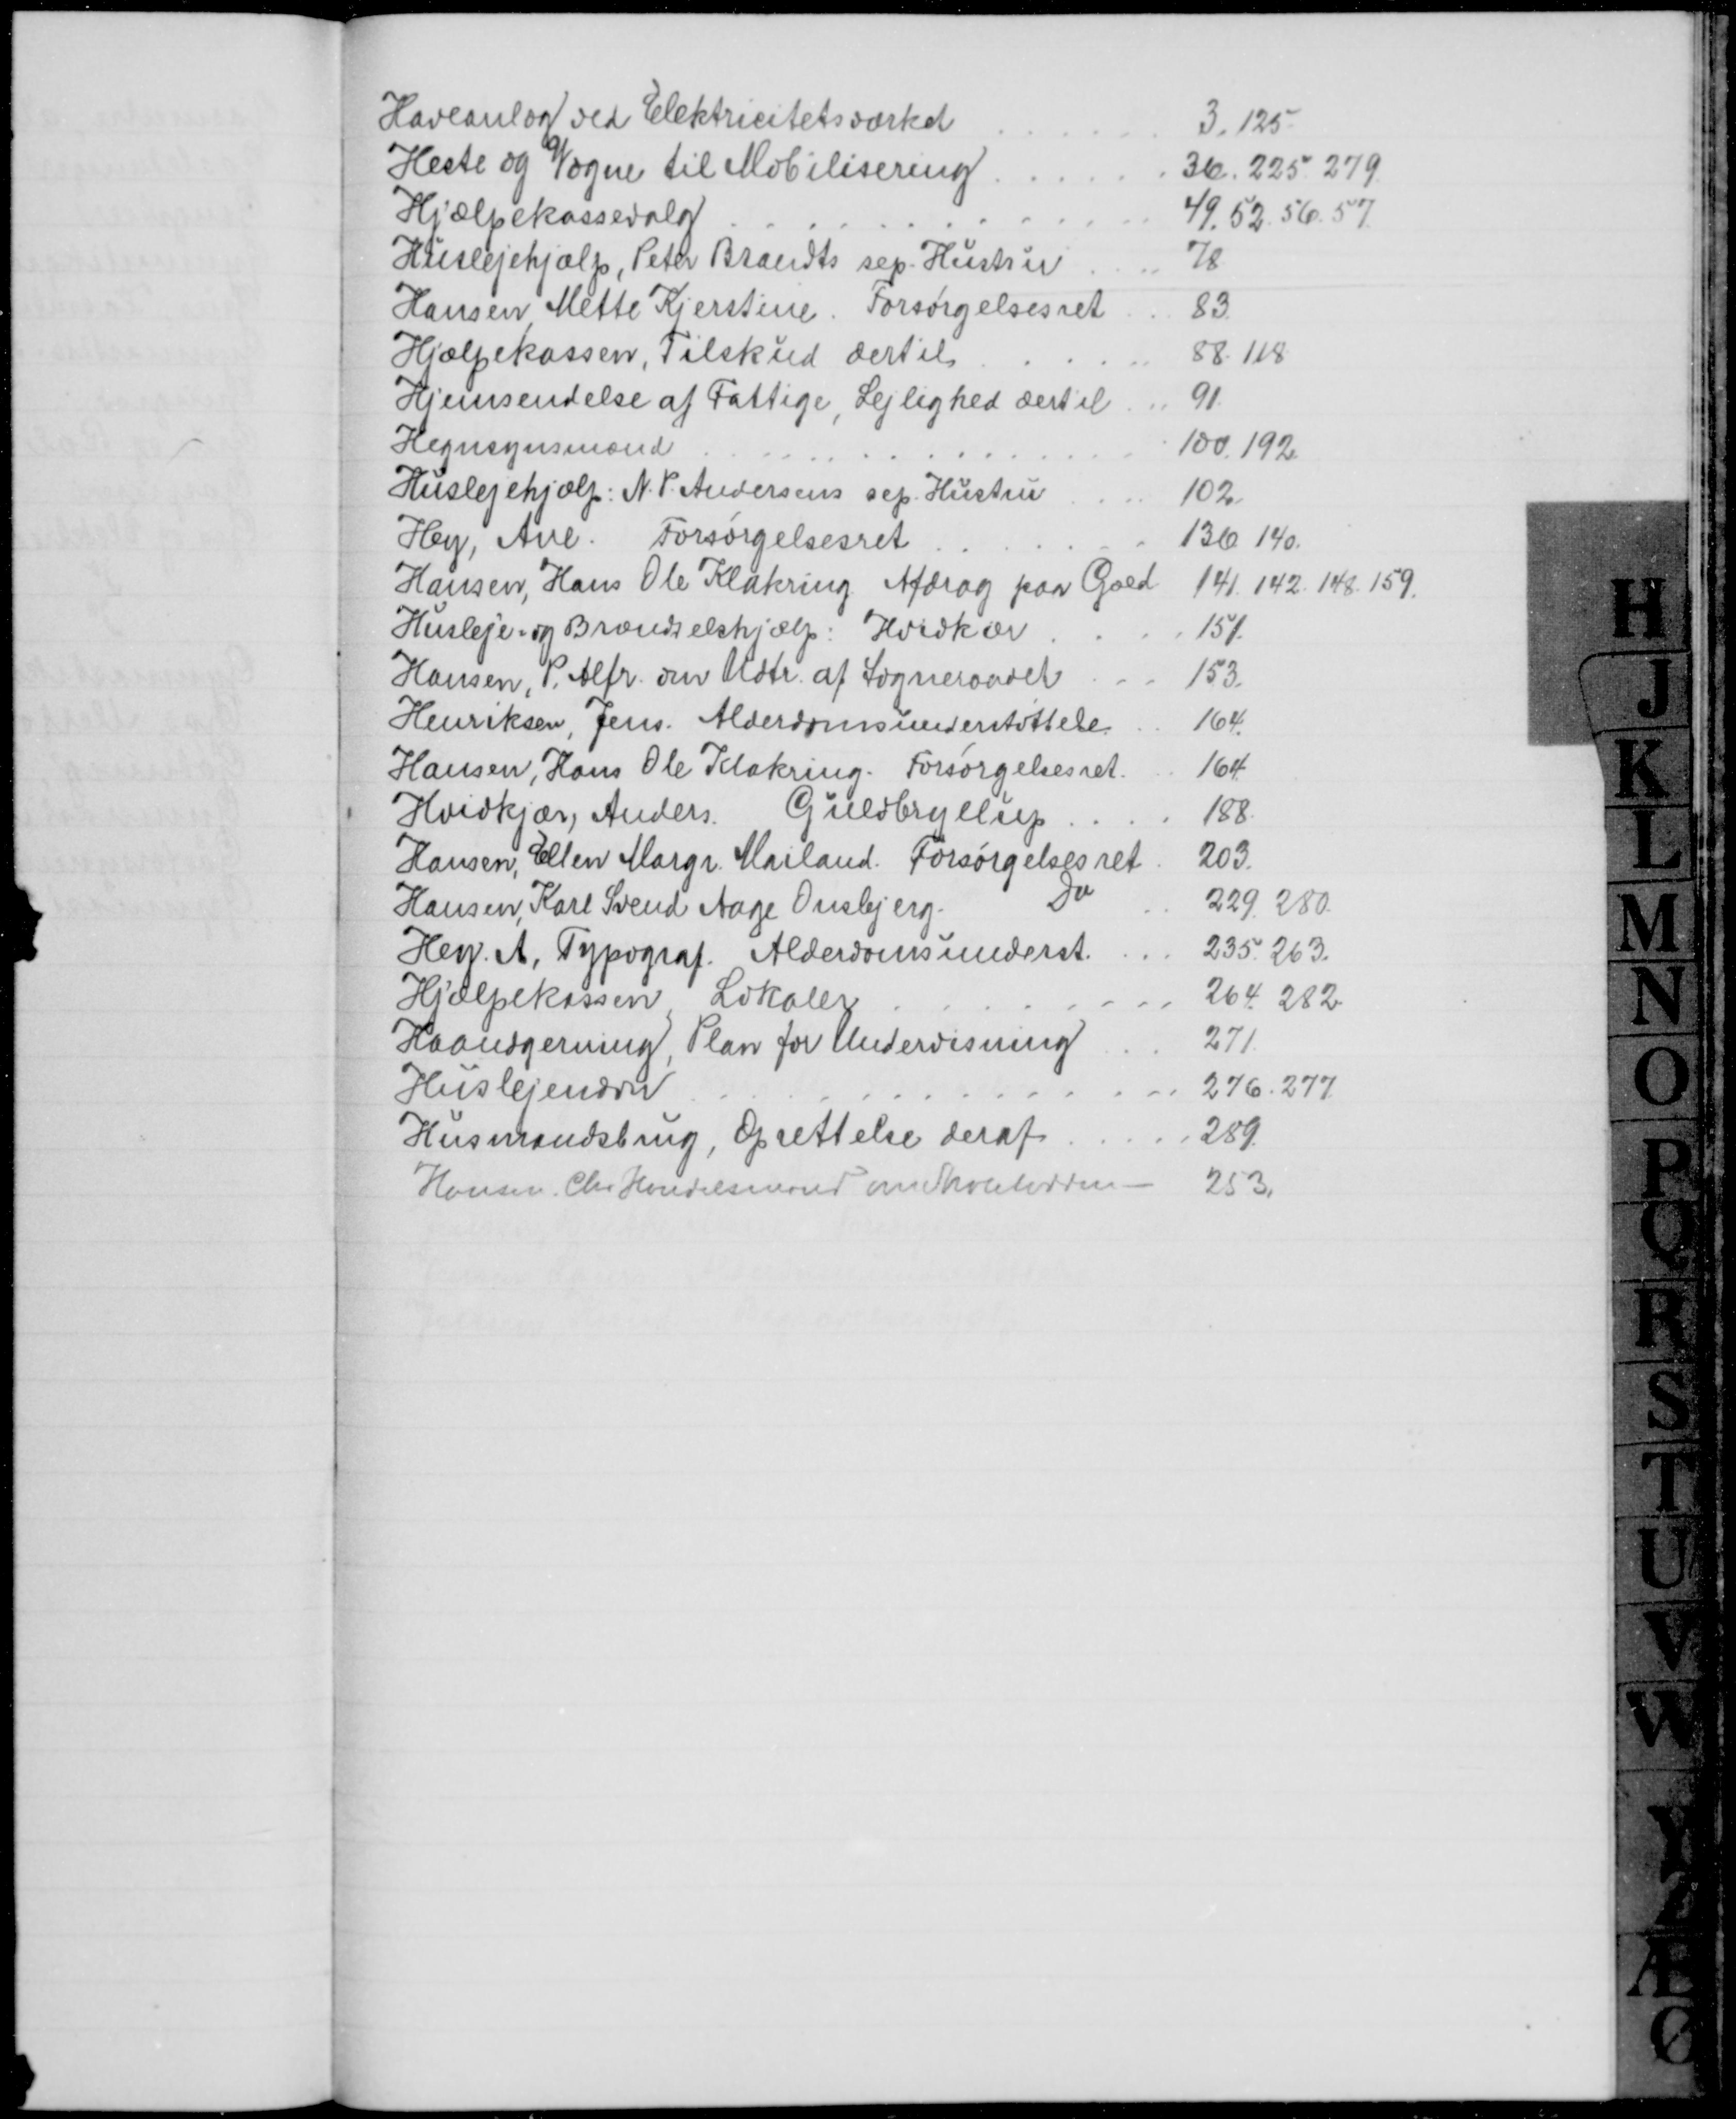
Transskription:
Haveanlæg ved Elektricitetsværket
3.125
Heste og Vogne til Mobilisering
36. 225. 279
Hjælpekassevalg
49. 52. 56. 57
Huslejehjælp, Peter Brandts sep. Hustru
78
Hansen Mette Kjerstine Forsørgelsesret
83
Hjælpekassen, Tilskud dertil
88.118
Hjemsendelse af Fattige, Lejlighed dertil
91.
Hegnsynsmænd
100.192
Huslejehjælp: N. P. Andersens sep. Hustru
102
Hey, Ane. Forsørgelsesret
136. 140.
Hansen, Hans Ole Klakring. Afdrag paa Gæld
141. 142. 148. 159.
Husleje og Brændselshjælp: Hvidkær
151.
Hansen, P. Alfr. om Udtr. af Sogneraadet
153.
Henriksen, Jens Alderdomsunderstøttelse
164.
Hansen, Hans Ole Klakring. Forsørgelsesret
164
Hvidkjær, Anders Guldbryllup
188
Hansen, Ellen Margr. Mailand. Forsørgelsesret
203.
Hansen, Karl Svend Aage Onsbjerg
Do
229. 280.
Hey. A, Typograf. Alderdomsunderst.
235. 263.
Hjælpekassen Lokaler
264. 282.
Haandgerning, Plan for Undervisning
271
Huslejenævn
276. 277.
Husmandsbrug, Oprettelse deraf
289.
Hansen. Chr. Handelsmand om Skolelodden
253.